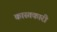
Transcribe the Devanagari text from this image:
कास्तकारी